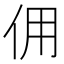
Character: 佣